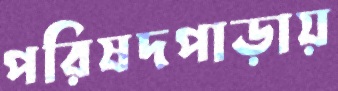
পরিষদপাড়ায়